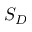
S _ { D }